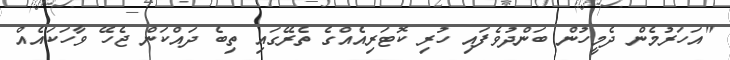
"އަހަރުމެން ދެމީހުން ބަންދުވެފައި ހުރި ކޮޓަރިއެއްގެ ތެރޭގައި ތިބެ ދައްކަން ޖެހޭ ވާހަކައެއް